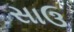
સાઉ